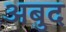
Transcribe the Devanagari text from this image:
अबुद